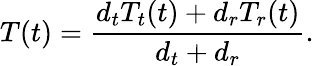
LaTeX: T(t)=\frac{{d_{t}}T_{t}(t)+{d_{r}}T_{r}(t)}{{d_{t}}+{d_{r}}}.